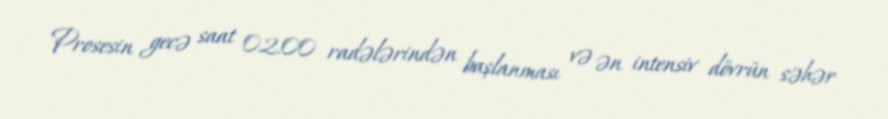
Prosesin gecə saat 02:00 radələrindən başlanması və ən intensiv dövrün səhər